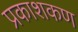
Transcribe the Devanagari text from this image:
प्रकाशकण